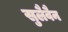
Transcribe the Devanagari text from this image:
सुलैवैन